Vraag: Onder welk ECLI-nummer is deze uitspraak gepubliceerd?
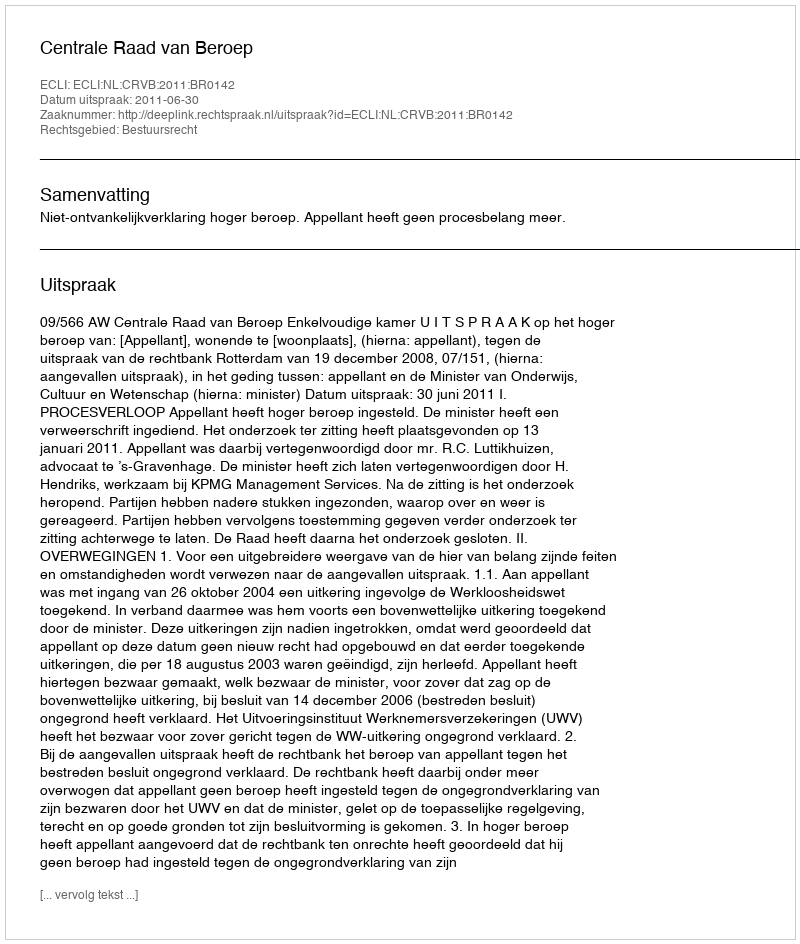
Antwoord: ECLI:NL:CRVB:2011:BR0142